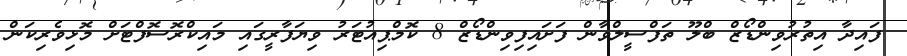
ފައިދާ އިތުރުވިންޑޯޒް ބްލޫ ތަފްސީލްވާން ފަށައިފިވިންޑޯޒް 8 ކޮމްޕިއުޓަރު ވިޔަފާރީގައި މައިކްރޮސޮފްޓަށް މޮޅިވެރިކަން